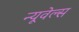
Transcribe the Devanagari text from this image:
न्यूवेल्स